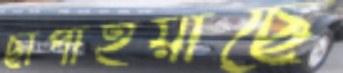
ছাপাইয়াছে